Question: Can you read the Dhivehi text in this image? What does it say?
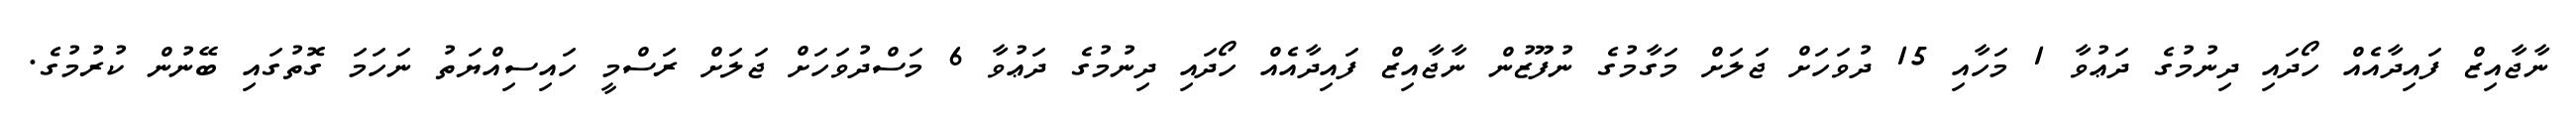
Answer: ނާޖާއިޒް ފައިދާއެއް ހޯދައި ދިނުމުގެ ދަޢުވާ 1 މަހާއި 15 ދުވަހަށް ޖަލަށް މަގާމުގެ ނުފޫޒުން ނާޖާއިޒް ފައިދާއެއް ހޯދައި ދިނުމުގެ ދަޢުވާ 6 މަސްދުވަހަށް ޖަލަށް ރަސްމީ ހައިސިއްޔަތު ނަހަމަ ގޮތުގައި ބޭނުން ކުރުމުގެ.